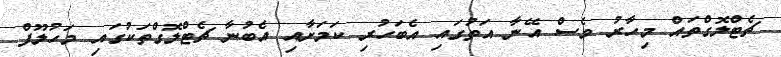
ޗެޓްލޮގްތައް މިހާރު ވެސް އޭނާ އަތުގައި އެބަހުރި ކަމަށާއި އެބުނާ ޗެޓްލޮގްތަކުގައި މަހުލޫފް